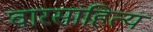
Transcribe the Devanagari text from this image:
वारसाहित्य